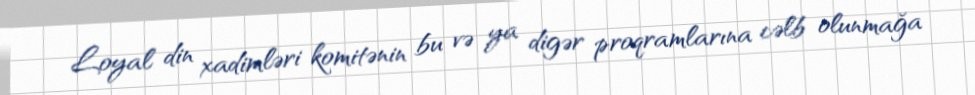
Loyal din xadimləri komitənin bu və ya digər proqramlarına cəlb olunmağa